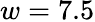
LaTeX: w=7.5